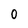
Character: 0